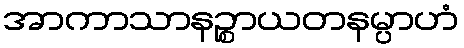
အာကာသာနဉ္စာယတနမ္ပာဟံ